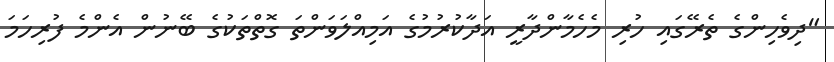
"ދިވެހިންގެ ތެރޭގައި ހުރި މެހެމާންދާރީ އަދާކުރުމުގެ އަމިއްލަވަންތަ ގޮތްތަކުގެ ބޭނުން އެންމެ ފުރިހަމަ